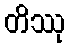
တိဿု